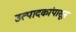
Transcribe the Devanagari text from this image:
उत्पादकांपासून